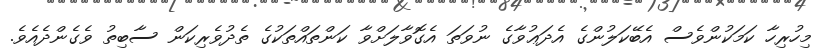
މިހުރިހާ ކަމަކުންވެސް އެބޭކަލުންގެ އެދަޢުވާގެ ނުވަތަ އެގޮވާލަށްވާ ކަންތައްތަކުގެ ތެދުވެރިކަން ސާބިތު ވެގެންދެއެވެ.